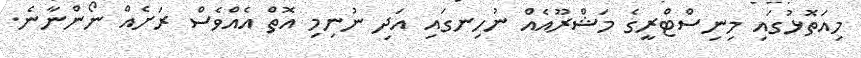
މިއަތޮޅުގައި މިނިސްޓްރީގެ މަޝްރޫއެއް ނުހިނގައި އަދި ނުނިމި އޮތް އެއްވެސް ރަށެއް ނޯންނާނެ.